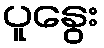
ပူနွေး